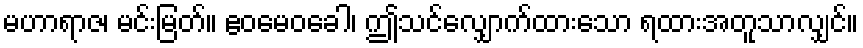
မဟာရာဇ၊ မင်းမြတ်။ ဧဝမေဝခေါ၊ ဤသင်လျှောက်ထားသော ရထားအတူသာလျှင်။